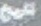
تاریخ